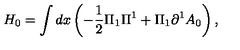
H _ { 0 } = \int d x \left( { - \frac { 1 } { 2 } \Pi _ { 1 } \Pi ^ { 1 } + \Pi _ { 1 } \partial ^ { 1 } A _ { 0 } } \right) ,